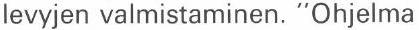
levyjen valmistaminen. "Ohjelma